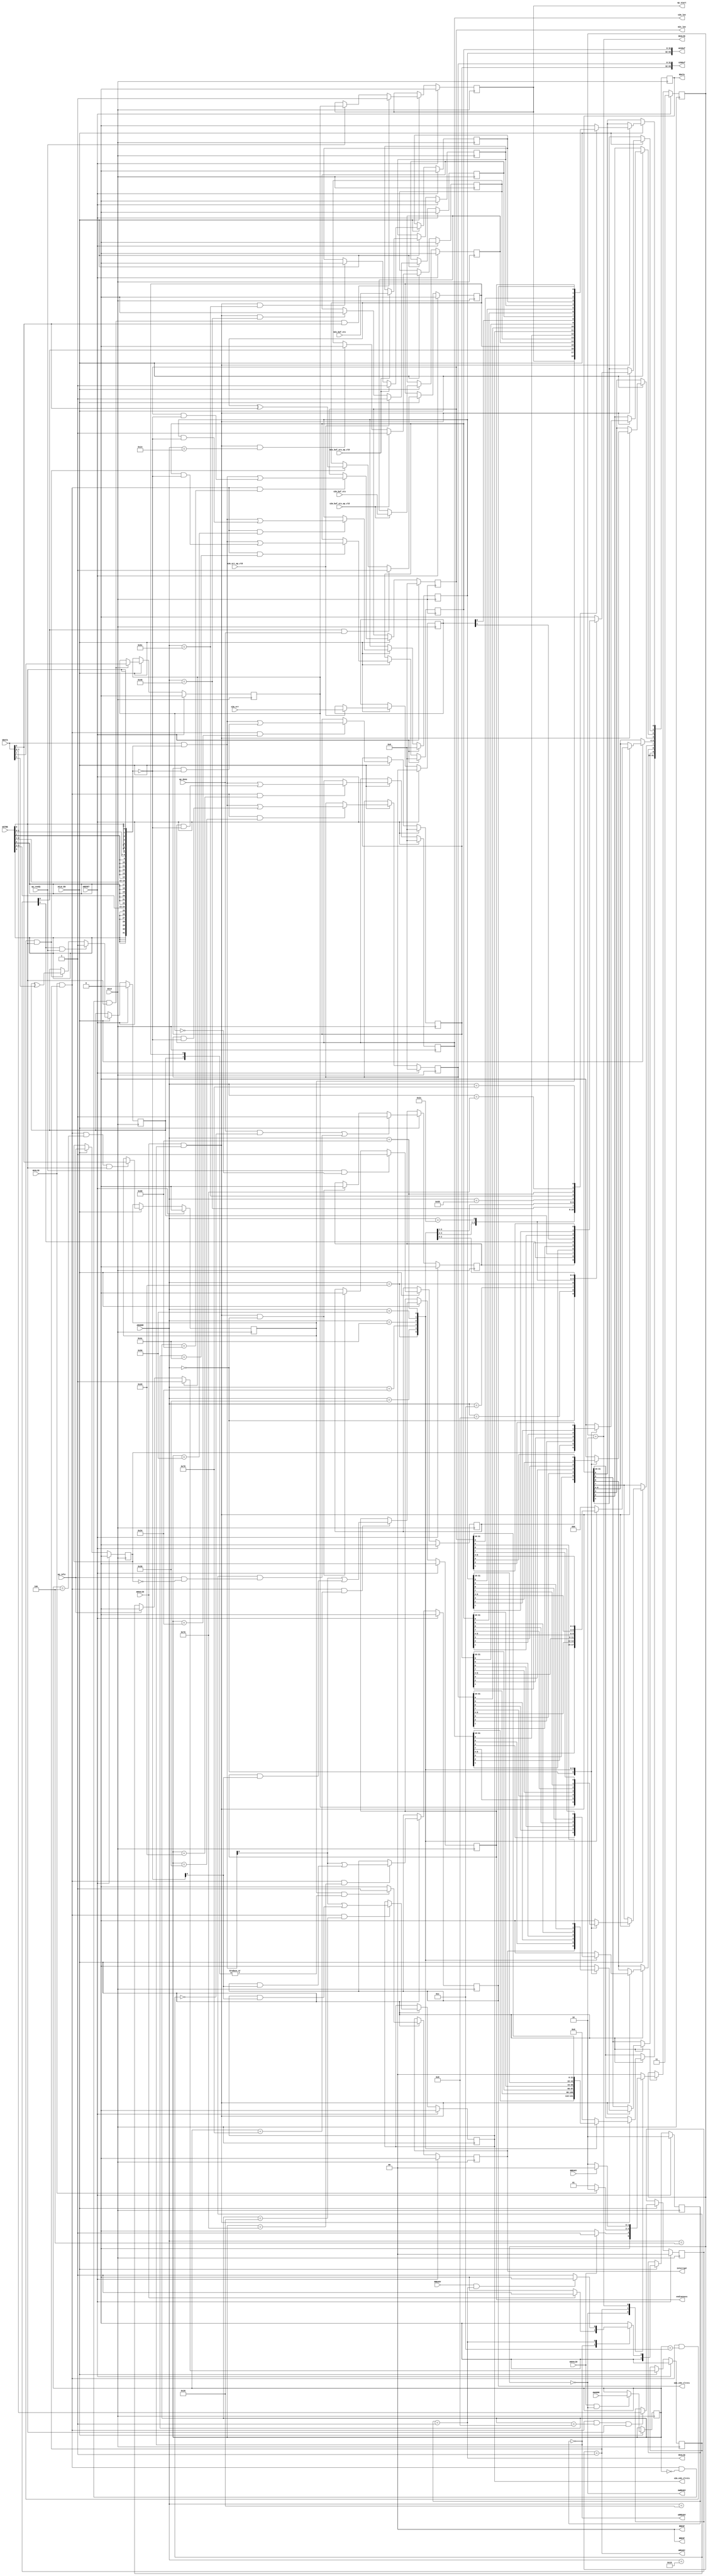
// ==============================================================
// Vitis HLS - High-Level Synthesis from C, C++ and OpenCL v2023.2 (64-bit)
// Tool Version Limit: 2023.10
// Copyright 1986-2022 Xilinx, Inc. All Rights Reserved.
// Copyright 2022-2023 Advanced Micro Devices, Inc. All Rights Reserved.
// 
// ==============================================================
`timescale 1ns/1ps
module userdma_control_s_axi
#(parameter
    C_S_AXI_ADDR_WIDTH = 7,
    C_S_AXI_DATA_WIDTH = 32
)(
    input  wire                          ACLK,
    input  wire                          ARESET,
    input  wire                          ACLK_EN,
    input  wire [C_S_AXI_ADDR_WIDTH-1:0] AWADDR,
    input  wire                          AWVALID,
    output wire                          AWREADY,
    input  wire [C_S_AXI_DATA_WIDTH-1:0] WDATA,
    input  wire [C_S_AXI_DATA_WIDTH/8-1:0] WSTRB,
    input  wire                          WVALID,
    output wire                          WREADY,
    output wire [1:0]                    BRESP,
    output wire                          BVALID,
    input  wire                          BREADY,
    input  wire [C_S_AXI_ADDR_WIDTH-1:0] ARADDR,
    input  wire                          ARVALID,
    output wire                          ARREADY,
    output wire [C_S_AXI_DATA_WIDTH-1:0] RDATA,
    output wire [1:0]                    RRESP,
    output wire                          RVALID,
    input  wire                          RREADY,
    output wire                          interrupt,
    input  wire [0:0]                    s2m_buf_sts,
    input  wire                          s2m_buf_sts_ap_vld,
    output wire [31:0]                   s2m_len,
    output wire [0:0]                    s2m_enb_clrsts,
    output wire [63:0]                   s2mbuf,
    input  wire [1:0]                    s2m_err,
    input  wire                          s2m_err_ap_vld,
    output wire [63:0]                   m2sbuf,
    input  wire [0:0]                    m2s_buf_sts,
    input  wire                          m2s_buf_sts_ap_vld,
    output wire [31:0]                   m2s_len,
    output wire [0:0]                    m2s_enb_clrsts,
    output wire [0:0]                    endianness,
    output wire                          ap_start,
    input  wire                          ap_done,
    input  wire                          ap_ready,
    input  wire                          ap_idle
);
//------------------------Address Info-------------------
// Protocol Used: ap_ctrl_hs
//
// 0x00 : Control signals
//        bit 0  - ap_start (Read/Write/COH)
//        bit 1  - ap_done (Read/COR)
//        bit 2  - ap_idle (Read)
//        bit 3  - ap_ready (Read/COR)
//        bit 7  - auto_restart (Read/Write)
//        bit 9  - interrupt (Read)
//        others - reserved
// 0x04 : Global Interrupt Enable Register
//        bit 0  - Global Interrupt Enable (Read/Write)
//        others - reserved
// 0x08 : IP Interrupt Enable Register (Read/Write)
//        bit 0 - enable ap_done interrupt (Read/Write)
//        bit 1 - enable ap_ready interrupt (Read/Write)
//        others - reserved
// 0x0c : IP Interrupt Status Register (Read/TOW)
//        bit 0 - ap_done (Read/TOW)
//        bit 1 - ap_ready (Read/TOW)
//        others - reserved
// 0x10 : Data signal of s2m_buf_sts
//        bit 0  - s2m_buf_sts[0] (Read)
//        others - reserved
// 0x14 : Control signal of s2m_buf_sts
//        bit 0  - s2m_buf_sts_ap_vld (Read/COR)
//        others - reserved
// 0x20 : Data signal of s2m_len
//        bit 31~0 - s2m_len[31:0] (Read/Write)
// 0x24 : reserved
// 0x28 : Data signal of s2m_enb_clrsts
//        bit 0  - s2m_enb_clrsts[0] (Read/Write)
//        others - reserved
// 0x2c : reserved
// 0x30 : Data signal of s2mbuf
//        bit 31~0 - s2mbuf[31:0] (Read/Write)
// 0x34 : Data signal of s2mbuf
//        bit 31~0 - s2mbuf[63:32] (Read/Write)
// 0x38 : reserved
// 0x3c : Data signal of s2m_err
//        bit 1~0 - s2m_err[1:0] (Read)
//        others  - reserved
// 0x40 : Control signal of s2m_err
//        bit 0  - s2m_err_ap_vld (Read/COR)
//        others - reserved
// 0x4c : Data signal of m2sbuf
//        bit 31~0 - m2sbuf[31:0] (Read/Write)
// 0x50 : Data signal of m2sbuf
//        bit 31~0 - m2sbuf[63:32] (Read/Write)
// 0x54 : reserved
// 0x58 : Data signal of m2s_buf_sts
//        bit 0  - m2s_buf_sts[0] (Read)
//        others - reserved
// 0x5c : Control signal of m2s_buf_sts
//        bit 0  - m2s_buf_sts_ap_vld (Read/COR)
//        others - reserved
// 0x68 : Data signal of m2s_len
//        bit 31~0 - m2s_len[31:0] (Read/Write)
// 0x6c : reserved
// 0x70 : Data signal of m2s_enb_clrsts
//        bit 0  - m2s_enb_clrsts[0] (Read/Write)
//        others - reserved
// 0x74 : reserved
// 0x78 : Data signal of endianness
//        bit 0  - endianness[0] (Read/Write)
//        others - reserved
// 0x7c : reserved
// (SC = Self Clear, COR = Clear on Read, TOW = Toggle on Write, COH = Clear on Handshake)

//------------------------Parameter----------------------
localparam
    ADDR_AP_CTRL               = 7'h00,
    ADDR_GIE                   = 7'h04,
    ADDR_IER                   = 7'h08,
    ADDR_ISR                   = 7'h0c,
    ADDR_S2M_BUF_STS_DATA_0    = 7'h10,
    ADDR_S2M_BUF_STS_CTRL      = 7'h14,
    ADDR_S2M_LEN_DATA_0        = 7'h20,
    ADDR_S2M_LEN_CTRL          = 7'h24,
    ADDR_S2M_ENB_CLRSTS_DATA_0 = 7'h28,
    ADDR_S2M_ENB_CLRSTS_CTRL   = 7'h2c,
    ADDR_S2MBUF_DATA_0         = 7'h30,
    ADDR_S2MBUF_DATA_1         = 7'h34,
    ADDR_S2MBUF_CTRL           = 7'h38,
    ADDR_S2M_ERR_DATA_0        = 7'h3c,
    ADDR_S2M_ERR_CTRL          = 7'h40,
    ADDR_M2SBUF_DATA_0         = 7'h4c,
    ADDR_M2SBUF_DATA_1         = 7'h50,
    ADDR_M2SBUF_CTRL           = 7'h54,
    ADDR_M2S_BUF_STS_DATA_0    = 7'h58,
    ADDR_M2S_BUF_STS_CTRL      = 7'h5c,
    ADDR_M2S_LEN_DATA_0        = 7'h68,
    ADDR_M2S_LEN_CTRL          = 7'h6c,
    ADDR_M2S_ENB_CLRSTS_DATA_0 = 7'h70,
    ADDR_M2S_ENB_CLRSTS_CTRL   = 7'h74,
    ADDR_ENDIANNESS_DATA_0     = 7'h78,
    ADDR_ENDIANNESS_CTRL       = 7'h7c,
    WRIDLE                     = 2'd0,
    WRDATA                     = 2'd1,
    WRRESP                     = 2'd2,
    WRRESET                    = 2'd3,
    RDIDLE                     = 2'd0,
    RDDATA                     = 2'd1,
    RDRESET                    = 2'd2,
    ADDR_BITS                = 7;

//------------------------Local signal-------------------
    reg  [1:0]                    wstate = WRRESET;
    reg  [1:0]                    wnext;
    reg  [ADDR_BITS-1:0]          waddr;
    wire [C_S_AXI_DATA_WIDTH-1:0] wmask;
    wire                          aw_hs;
    wire                          w_hs;
    reg  [1:0]                    rstate = RDRESET;
    reg  [1:0]                    rnext;
    reg  [C_S_AXI_DATA_WIDTH-1:0] rdata;
    wire                          ar_hs;
    wire [ADDR_BITS-1:0]          raddr;
    // internal registers
    reg                           int_ap_idle;
    reg                           int_ap_ready = 1'b0;
    wire                          task_ap_ready;
    reg                           int_ap_done = 1'b0;
    wire                          task_ap_done;
    reg                           int_task_ap_done = 1'b0;
    reg                           int_ap_start = 1'b0;
    reg                           int_interrupt = 1'b0;
    reg                           int_auto_restart = 1'b0;
    reg                           auto_restart_status = 1'b0;
    wire                          auto_restart_done;
    reg                           int_gie = 1'b0;
    reg  [1:0]                    int_ier = 2'b0;
    reg  [1:0]                    int_isr = 2'b0;
    reg                           int_s2m_buf_sts_ap_vld;
    reg  [0:0]                    int_s2m_buf_sts = 'b0;
    reg  [31:0]                   int_s2m_len = 'b0;
    reg  [0:0]                    int_s2m_enb_clrsts = 'b0;
    reg  [63:0]                   int_s2mbuf = 'b0;
    reg                           int_s2m_err_ap_vld;
    reg  [1:0]                    int_s2m_err = 'b0;
    reg  [63:0]                   int_m2sbuf = 'b0;
    reg                           int_m2s_buf_sts_ap_vld;
    reg  [0:0]                    int_m2s_buf_sts = 'b0;
    reg  [31:0]                   int_m2s_len = 'b0;
    reg  [0:0]                    int_m2s_enb_clrsts = 'b0;
    reg  [0:0]                    int_endianness = 'b0;

//------------------------Instantiation------------------


//------------------------AXI write fsm------------------
assign AWREADY = (wstate == WRIDLE);
assign WREADY  = (wstate == WRDATA);
assign BRESP   = 2'b00;  // OKAY
assign BVALID  = (wstate == WRRESP);
assign wmask   = { {8{WSTRB[3]}}, {8{WSTRB[2]}}, {8{WSTRB[1]}}, {8{WSTRB[0]}} };
assign aw_hs   = AWVALID & AWREADY;
assign w_hs    = WVALID & WREADY;

// wstate
always @(posedge ACLK) begin
    if (ARESET)
        wstate <= WRRESET;
    else if (ACLK_EN)
        wstate <= wnext;
end

// wnext
always @(*) begin
    case (wstate)
        WRIDLE:
            if (AWVALID)
                wnext = WRDATA;
            else
                wnext = WRIDLE;
        WRDATA:
            if (WVALID)
                wnext = WRRESP;
            else
                wnext = WRDATA;
        WRRESP:
            if (BREADY)
                wnext = WRIDLE;
            else
                wnext = WRRESP;
        default:
            wnext = WRIDLE;
    endcase
end

// waddr
always @(posedge ACLK) begin
    if (ACLK_EN) begin
        if (aw_hs)
            waddr <= AWADDR[ADDR_BITS-1:0];
    end
end

//------------------------AXI read fsm-------------------
assign ARREADY = (rstate == RDIDLE);
assign RDATA   = rdata;
assign RRESP   = 2'b00;  // OKAY
assign RVALID  = (rstate == RDDATA);
assign ar_hs   = ARVALID & ARREADY;
assign raddr   = ARADDR[ADDR_BITS-1:0];

// rstate
always @(posedge ACLK) begin
    if (ARESET)
        rstate <= RDRESET;
    else if (ACLK_EN)
        rstate <= rnext;
end

// rnext
always @(*) begin
    case (rstate)
        RDIDLE:
            if (ARVALID)
                rnext = RDDATA;
            else
                rnext = RDIDLE;
        RDDATA:
            if (RREADY & RVALID)
                rnext = RDIDLE;
            else
                rnext = RDDATA;
        default:
            rnext = RDIDLE;
    endcase
end

// rdata
always @(posedge ACLK) begin
    if (ACLK_EN) begin
        if (ar_hs) begin
            rdata <= 'b0;
            case (raddr)
                ADDR_AP_CTRL: begin
                    rdata[0] <= int_ap_start;
                    rdata[1] <= int_task_ap_done;
                    rdata[2] <= int_ap_idle;
                    rdata[3] <= int_ap_ready;
                    rdata[7] <= int_auto_restart;
                    rdata[9] <= int_interrupt;
                end
                ADDR_GIE: begin
                    rdata <= int_gie;
                end
                ADDR_IER: begin
                    rdata <= int_ier;
                end
                ADDR_ISR: begin
                    rdata <= int_isr;
                end
                ADDR_S2M_BUF_STS_DATA_0: begin
                    rdata <= int_s2m_buf_sts[0:0];
                end
                ADDR_S2M_BUF_STS_CTRL: begin
                    rdata[0] <= int_s2m_buf_sts_ap_vld;
                end
                ADDR_S2M_LEN_DATA_0: begin
                    rdata <= int_s2m_len[31:0];
                end
                ADDR_S2M_ENB_CLRSTS_DATA_0: begin
                    rdata <= int_s2m_enb_clrsts[0:0];
                end
                ADDR_S2MBUF_DATA_0: begin
                    rdata <= int_s2mbuf[31:0];
                end
                ADDR_S2MBUF_DATA_1: begin
                    rdata <= int_s2mbuf[63:32];
                end
                ADDR_S2M_ERR_DATA_0: begin
                    rdata <= int_s2m_err[1:0];
                end
                ADDR_S2M_ERR_CTRL: begin
                    rdata[0] <= int_s2m_err_ap_vld;
                end
                ADDR_M2SBUF_DATA_0: begin
                    rdata <= int_m2sbuf[31:0];
                end
                ADDR_M2SBUF_DATA_1: begin
                    rdata <= int_m2sbuf[63:32];
                end
                ADDR_M2S_BUF_STS_DATA_0: begin
                    rdata <= int_m2s_buf_sts[0:0];
                end
                ADDR_M2S_BUF_STS_CTRL: begin
                    rdata[0] <= int_m2s_buf_sts_ap_vld;
                end
                ADDR_M2S_LEN_DATA_0: begin
                    rdata <= int_m2s_len[31:0];
                end
                ADDR_M2S_ENB_CLRSTS_DATA_0: begin
                    rdata <= int_m2s_enb_clrsts[0:0];
                end
                ADDR_ENDIANNESS_DATA_0: begin
                    rdata <= int_endianness[0:0];
                end
            endcase
        end
    end
end


//------------------------Register logic-----------------
assign interrupt         = int_interrupt;
assign ap_start          = int_ap_start;
assign task_ap_done      = (ap_done && !auto_restart_status) || auto_restart_done;
assign task_ap_ready     = ap_ready && !int_auto_restart;
assign auto_restart_done = auto_restart_status && (ap_idle && !int_ap_idle);
assign s2m_len           = int_s2m_len;
assign s2m_enb_clrsts    = int_s2m_enb_clrsts;
assign s2mbuf            = int_s2mbuf;
assign m2sbuf            = int_m2sbuf;
assign m2s_len           = int_m2s_len;
assign m2s_enb_clrsts    = int_m2s_enb_clrsts;
assign endianness        = int_endianness;
// int_interrupt
always @(posedge ACLK) begin
    if (ARESET)
        int_interrupt <= 1'b0;
    else if (ACLK_EN) begin
        if (int_gie && (|int_isr))
            int_interrupt <= 1'b1;
        else
            int_interrupt <= 1'b0;
    end
end

// int_ap_start
always @(posedge ACLK) begin
    if (ARESET)
        int_ap_start <= 1'b0;
    else if (ACLK_EN) begin
        if (w_hs && waddr == ADDR_AP_CTRL && WSTRB[0] && WDATA[0])
            int_ap_start <= 1'b1;
        else if (ap_ready)
            int_ap_start <= int_auto_restart; // clear on handshake/auto restart
    end
end

// int_ap_done
always @(posedge ACLK) begin
    if (ARESET)
        int_ap_done <= 1'b0;
    else if (ACLK_EN) begin
            int_ap_done <= ap_done;
    end
end

// int_task_ap_done
always @(posedge ACLK) begin
    if (ARESET)
        int_task_ap_done <= 1'b0;
    else if (ACLK_EN) begin
        if (task_ap_done)
            int_task_ap_done <= 1'b1;
        else if (ar_hs && raddr == ADDR_AP_CTRL)
            int_task_ap_done <= 1'b0; // clear on read
    end
end

// int_ap_idle
always @(posedge ACLK) begin
    if (ARESET)
        int_ap_idle <= 1'b0;
    else if (ACLK_EN) begin
            int_ap_idle <= ap_idle;
    end
end

// int_ap_ready
always @(posedge ACLK) begin
    if (ARESET)
        int_ap_ready <= 1'b0;
    else if (ACLK_EN) begin
        if (task_ap_ready)
            int_ap_ready <= 1'b1;
        else if (ar_hs && raddr == ADDR_AP_CTRL)
            int_ap_ready <= 1'b0;
    end
end

// int_auto_restart
always @(posedge ACLK) begin
    if (ARESET)
        int_auto_restart <= 1'b0;
    else if (ACLK_EN) begin
        if (w_hs && waddr == ADDR_AP_CTRL && WSTRB[0])
            int_auto_restart <=  WDATA[7];
    end
end

// auto_restart_status
always @(posedge ACLK) begin
    if (ARESET)
        auto_restart_status <= 1'b0;
    else if (ACLK_EN) begin
        if (int_auto_restart)
            auto_restart_status <= 1'b1;
        else if (ap_idle)
            auto_restart_status <= 1'b0;
    end
end

// int_gie
always @(posedge ACLK) begin
    if (ARESET)
        int_gie <= 1'b0;
    else if (ACLK_EN) begin
        if (w_hs && waddr == ADDR_GIE && WSTRB[0])
            int_gie <= WDATA[0];
    end
end

// int_ier
always @(posedge ACLK) begin
    if (ARESET)
        int_ier <= 1'b0;
    else if (ACLK_EN) begin
        if (w_hs && waddr == ADDR_IER && WSTRB[0])
            int_ier <= WDATA[1:0];
    end
end

// int_isr[0]
always @(posedge ACLK) begin
    if (ARESET)
        int_isr[0] <= 1'b0;
    else if (ACLK_EN) begin
        if (int_ier[0] & ap_done)
            int_isr[0] <= 1'b1;
        else if (w_hs && waddr == ADDR_ISR && WSTRB[0])
            int_isr[0] <= int_isr[0] ^ WDATA[0]; // toggle on write
    end
end

// int_isr[1]
always @(posedge ACLK) begin
    if (ARESET)
        int_isr[1] <= 1'b0;
    else if (ACLK_EN) begin
        if (int_ier[1] & ap_ready)
            int_isr[1] <= 1'b1;
        else if (w_hs && waddr == ADDR_ISR && WSTRB[0])
            int_isr[1] <= int_isr[1] ^ WDATA[1]; // toggle on write
    end
end

// int_s2m_buf_sts
always @(posedge ACLK) begin
    if (ARESET)
        int_s2m_buf_sts <= 0;
    else if (ACLK_EN) begin
        if (s2m_buf_sts_ap_vld)
            int_s2m_buf_sts <= s2m_buf_sts;
    end
end

// int_s2m_buf_sts_ap_vld
always @(posedge ACLK) begin
    if (ARESET)
        int_s2m_buf_sts_ap_vld <= 1'b0;
    else if (ACLK_EN) begin
        if (s2m_buf_sts_ap_vld)
            int_s2m_buf_sts_ap_vld <= 1'b1;
        else if (ar_hs && raddr == ADDR_S2M_BUF_STS_CTRL)
            int_s2m_buf_sts_ap_vld <= 1'b0; // clear on read
    end
end

// int_s2m_len[31:0]
always @(posedge ACLK) begin
    if (ARESET)
        int_s2m_len[31:0] <= 0;
    else if (ACLK_EN) begin
        if (w_hs && waddr == ADDR_S2M_LEN_DATA_0)
            int_s2m_len[31:0] <= (WDATA[31:0] & wmask) | (int_s2m_len[31:0] & ~wmask);
    end
end

// int_s2m_enb_clrsts[0:0]
always @(posedge ACLK) begin
    if (ARESET)
        int_s2m_enb_clrsts[0:0] <= 0;
    else if (ACLK_EN) begin
        if (w_hs && waddr == ADDR_S2M_ENB_CLRSTS_DATA_0)
            int_s2m_enb_clrsts[0:0] <= (WDATA[31:0] & wmask) | (int_s2m_enb_clrsts[0:0] & ~wmask);
    end
end

// int_s2mbuf[31:0]
always @(posedge ACLK) begin
    if (ARESET)
        int_s2mbuf[31:0] <= 0;
    else if (ACLK_EN) begin
        if (w_hs && waddr == ADDR_S2MBUF_DATA_0)
            int_s2mbuf[31:0] <= (WDATA[31:0] & wmask) | (int_s2mbuf[31:0] & ~wmask);
    end
end

// int_s2mbuf[63:32]
always @(posedge ACLK) begin
    if (ARESET)
        int_s2mbuf[63:32] <= 0;
    else if (ACLK_EN) begin
        if (w_hs && waddr == ADDR_S2MBUF_DATA_1)
            int_s2mbuf[63:32] <= (WDATA[31:0] & wmask) | (int_s2mbuf[63:32] & ~wmask);
    end
end

// int_s2m_err
always @(posedge ACLK) begin
    if (ARESET)
        int_s2m_err <= 0;
    else if (ACLK_EN) begin
        if (s2m_err_ap_vld)
            int_s2m_err <= s2m_err;
    end
end

// int_s2m_err_ap_vld
always @(posedge ACLK) begin
    if (ARESET)
        int_s2m_err_ap_vld <= 1'b0;
    else if (ACLK_EN) begin
        if (s2m_err_ap_vld)
            int_s2m_err_ap_vld <= 1'b1;
        else if (ar_hs && raddr == ADDR_S2M_ERR_CTRL)
            int_s2m_err_ap_vld <= 1'b0; // clear on read
    end
end

// int_m2sbuf[31:0]
always @(posedge ACLK) begin
    if (ARESET)
        int_m2sbuf[31:0] <= 0;
    else if (ACLK_EN) begin
        if (w_hs && waddr == ADDR_M2SBUF_DATA_0)
            int_m2sbuf[31:0] <= (WDATA[31:0] & wmask) | (int_m2sbuf[31:0] & ~wmask);
    end
end

// int_m2sbuf[63:32]
always @(posedge ACLK) begin
    if (ARESET)
        int_m2sbuf[63:32] <= 0;
    else if (ACLK_EN) begin
        if (w_hs && waddr == ADDR_M2SBUF_DATA_1)
            int_m2sbuf[63:32] <= (WDATA[31:0] & wmask) | (int_m2sbuf[63:32] & ~wmask);
    end
end

// int_m2s_buf_sts
always @(posedge ACLK) begin
    if (ARESET)
        int_m2s_buf_sts <= 0;
    else if (ACLK_EN) begin
        if (m2s_buf_sts_ap_vld)
            int_m2s_buf_sts <= m2s_buf_sts;
    end
end

// int_m2s_buf_sts_ap_vld
always @(posedge ACLK) begin
    if (ARESET)
        int_m2s_buf_sts_ap_vld <= 1'b0;
    else if (ACLK_EN) begin
        if (m2s_buf_sts_ap_vld)
            int_m2s_buf_sts_ap_vld <= 1'b1;
        else if (ar_hs && raddr == ADDR_M2S_BUF_STS_CTRL)
            int_m2s_buf_sts_ap_vld <= 1'b0; // clear on read
    end
end

// int_m2s_len[31:0]
always @(posedge ACLK) begin
    if (ARESET)
        int_m2s_len[31:0] <= 0;
    else if (ACLK_EN) begin
        if (w_hs && waddr == ADDR_M2S_LEN_DATA_0)
            int_m2s_len[31:0] <= (WDATA[31:0] & wmask) | (int_m2s_len[31:0] & ~wmask);
    end
end

// int_m2s_enb_clrsts[0:0]
always @(posedge ACLK) begin
    if (ARESET)
        int_m2s_enb_clrsts[0:0] <= 0;
    else if (ACLK_EN) begin
        if (w_hs && waddr == ADDR_M2S_ENB_CLRSTS_DATA_0)
            int_m2s_enb_clrsts[0:0] <= (WDATA[31:0] & wmask) | (int_m2s_enb_clrsts[0:0] & ~wmask);
    end
end

// int_endianness[0:0]
always @(posedge ACLK) begin
    if (ARESET)
        int_endianness[0:0] <= 0;
    else if (ACLK_EN) begin
        if (w_hs && waddr == ADDR_ENDIANNESS_DATA_0)
            int_endianness[0:0] <= (WDATA[31:0] & wmask) | (int_endianness[0:0] & ~wmask);
    end
end

//synthesis translate_off
always @(posedge ACLK) begin
    if (ACLK_EN) begin
        if (int_gie & ~int_isr[0] & int_ier[0] & ap_done)
            $display ("// Interrupt Monitor : interrupt for ap_done detected @ \"%0t\"", $time);
        if (int_gie & ~int_isr[1] & int_ier[1] & ap_ready)
            $display ("// Interrupt Monitor : interrupt for ap_ready detected @ \"%0t\"", $time);
    end
end
//synthesis translate_on

//------------------------Memory logic-------------------

endmodule